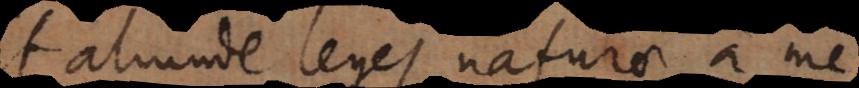
aliunde leges naturae a me